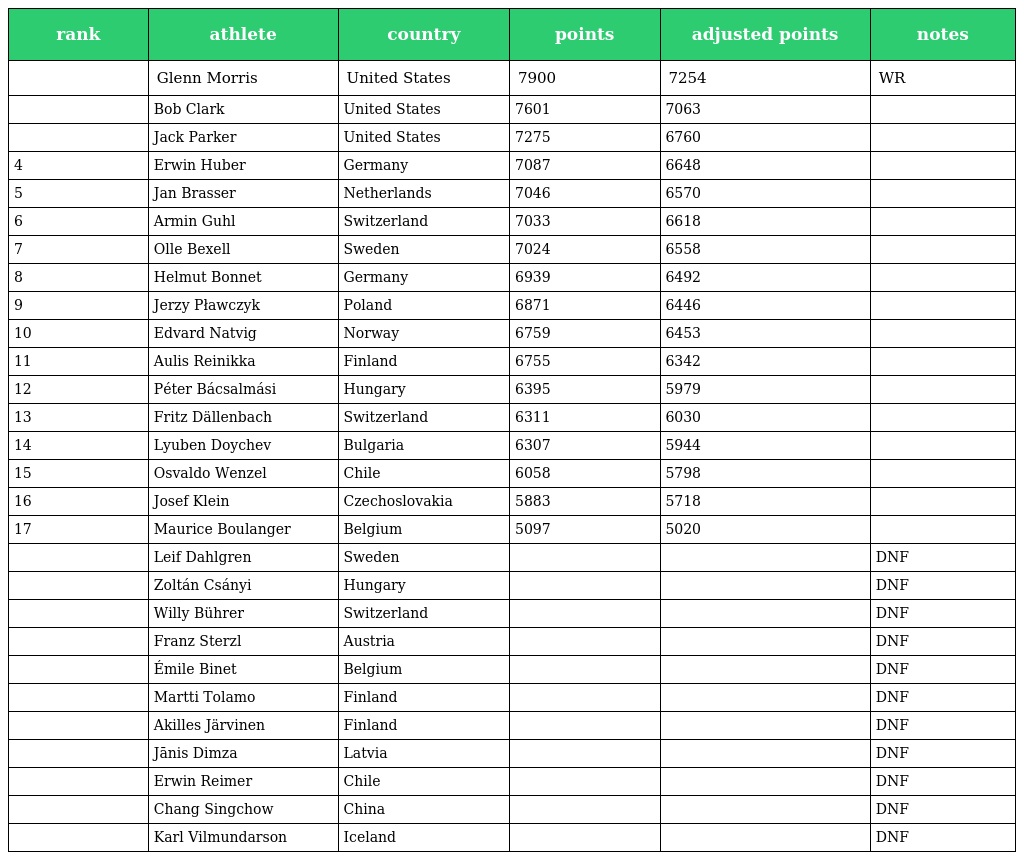
| rank | athlete | country | points | adjusted points | notes |
 | --- | --- | --- | --- | --- | --- |
 |  | Glenn Morris | United States | 7900 | 7254 | WR |
 |  | Bob Clark | United States | 7601 | 7063 |  |
 |  | Jack Parker | United States | 7275 | 6760 |  |
 | 4 | Erwin Huber | Germany | 7087 | 6648 |  |
 | 5 | Jan Brasser | Netherlands | 7046 | 6570 |  |
 | 6 | Armin Guhl | Switzerland | 7033 | 6618 |  |
 | 7 | Olle Bexell | Sweden | 7024 | 6558 |  |
 | 8 | Helmut Bonnet | Germany | 6939 | 6492 |  |
 | 9 | Jerzy Pławczyk | Poland | 6871 | 6446 |  |
 | 10 | Edvard Natvig | Norway | 6759 | 6453 |  |
 | 11 | Aulis Reinikka | Finland | 6755 | 6342 |  |
 | 12 | Péter Bácsalmási | Hungary | 6395 | 5979 |  |
 | 13 | Fritz Dällenbach | Switzerland | 6311 | 6030 |  |
 | 14 | Lyuben Doychev | Bulgaria | 6307 | 5944 |  |
 | 15 | Osvaldo Wenzel | Chile | 6058 | 5798 |  |
 | 16 | Josef Klein | Czechoslovakia | 5883 | 5718 |  |
 | 17 | Maurice Boulanger | Belgium | 5097 | 5020 |  |
 |  | Leif Dahlgren | Sweden |  |  | DNF |
 |  | Zoltán Csányi | Hungary |  |  | DNF |
 |  | Willy Bührer | Switzerland |  |  | DNF |
 |  | Franz Sterzl | Austria |  |  | DNF |
 |  | Émile Binet | Belgium |  |  | DNF |
 |  | Martti Tolamo | Finland |  |  | DNF |
 |  | Akilles Järvinen | Finland |  |  | DNF |
 |  | Jānis Dimza | Latvia |  |  | DNF |
 |  | Erwin Reimer | Chile |  |  | DNF |
 |  | Chang Singchow | China |  |  | DNF |
 |  | Karl Vilmundarson | Iceland |  |  | DNF |